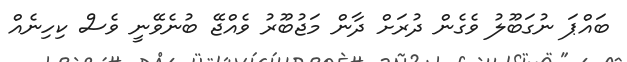
ބައްޕަ ނުގަބޫލު ވެގެން ދުރަށް ދާން މަޖުބޫރު ވެއްޖޭ ބުނެވޭނީ ވެސް ކިހިނެއް